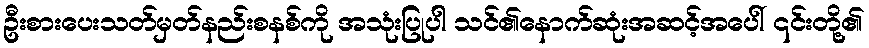
ဦးစားပေးသတ်မှတ်နည်းစနစ်ကို အသုံးပြုပါ သင်၏နောက်ဆုံးအဆင့်အပေါ် ၎င်းတို့၏